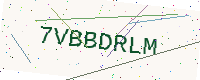
Text: 7VBBDRLM